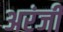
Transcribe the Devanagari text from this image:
अरंजी